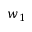
w _ { 1 }